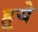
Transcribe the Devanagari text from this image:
हूये